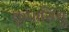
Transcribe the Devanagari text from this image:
कृपासिंधु